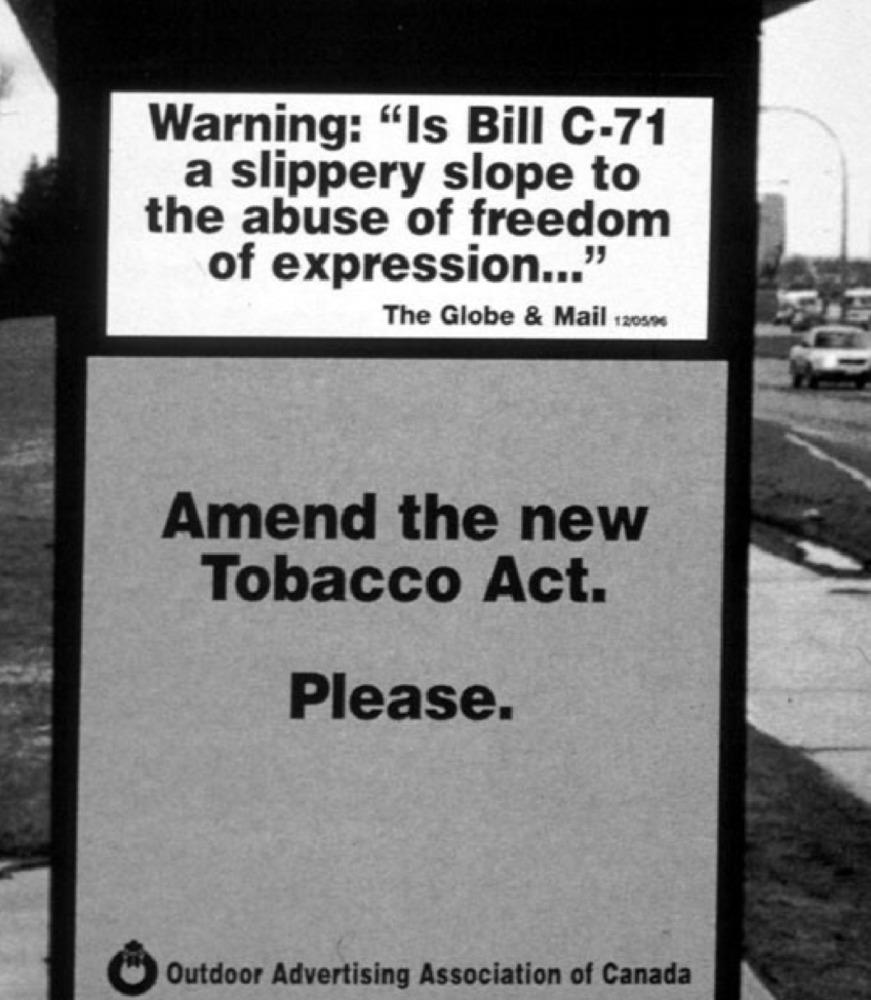
Warning: "Is Bill C-71
a slippery slope to
the abuse of freedom
of expression ... "
The Globe & Mail 12050
Amend the new
Tobacco Act.
Please.
Outdoor Advertising Association of Canada